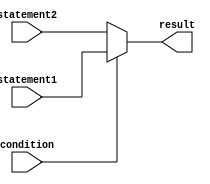
module ternary_operator(
    input wire condition,
    input wire [7:0] statement1,
    input wire [7:0] statement2,
    output reg [7:0] result
);

always @(*) begin
    result = condition ? statement1 : statement2;
end

endmodule